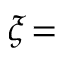
\xi \! =